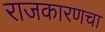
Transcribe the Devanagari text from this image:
राजकारणचा